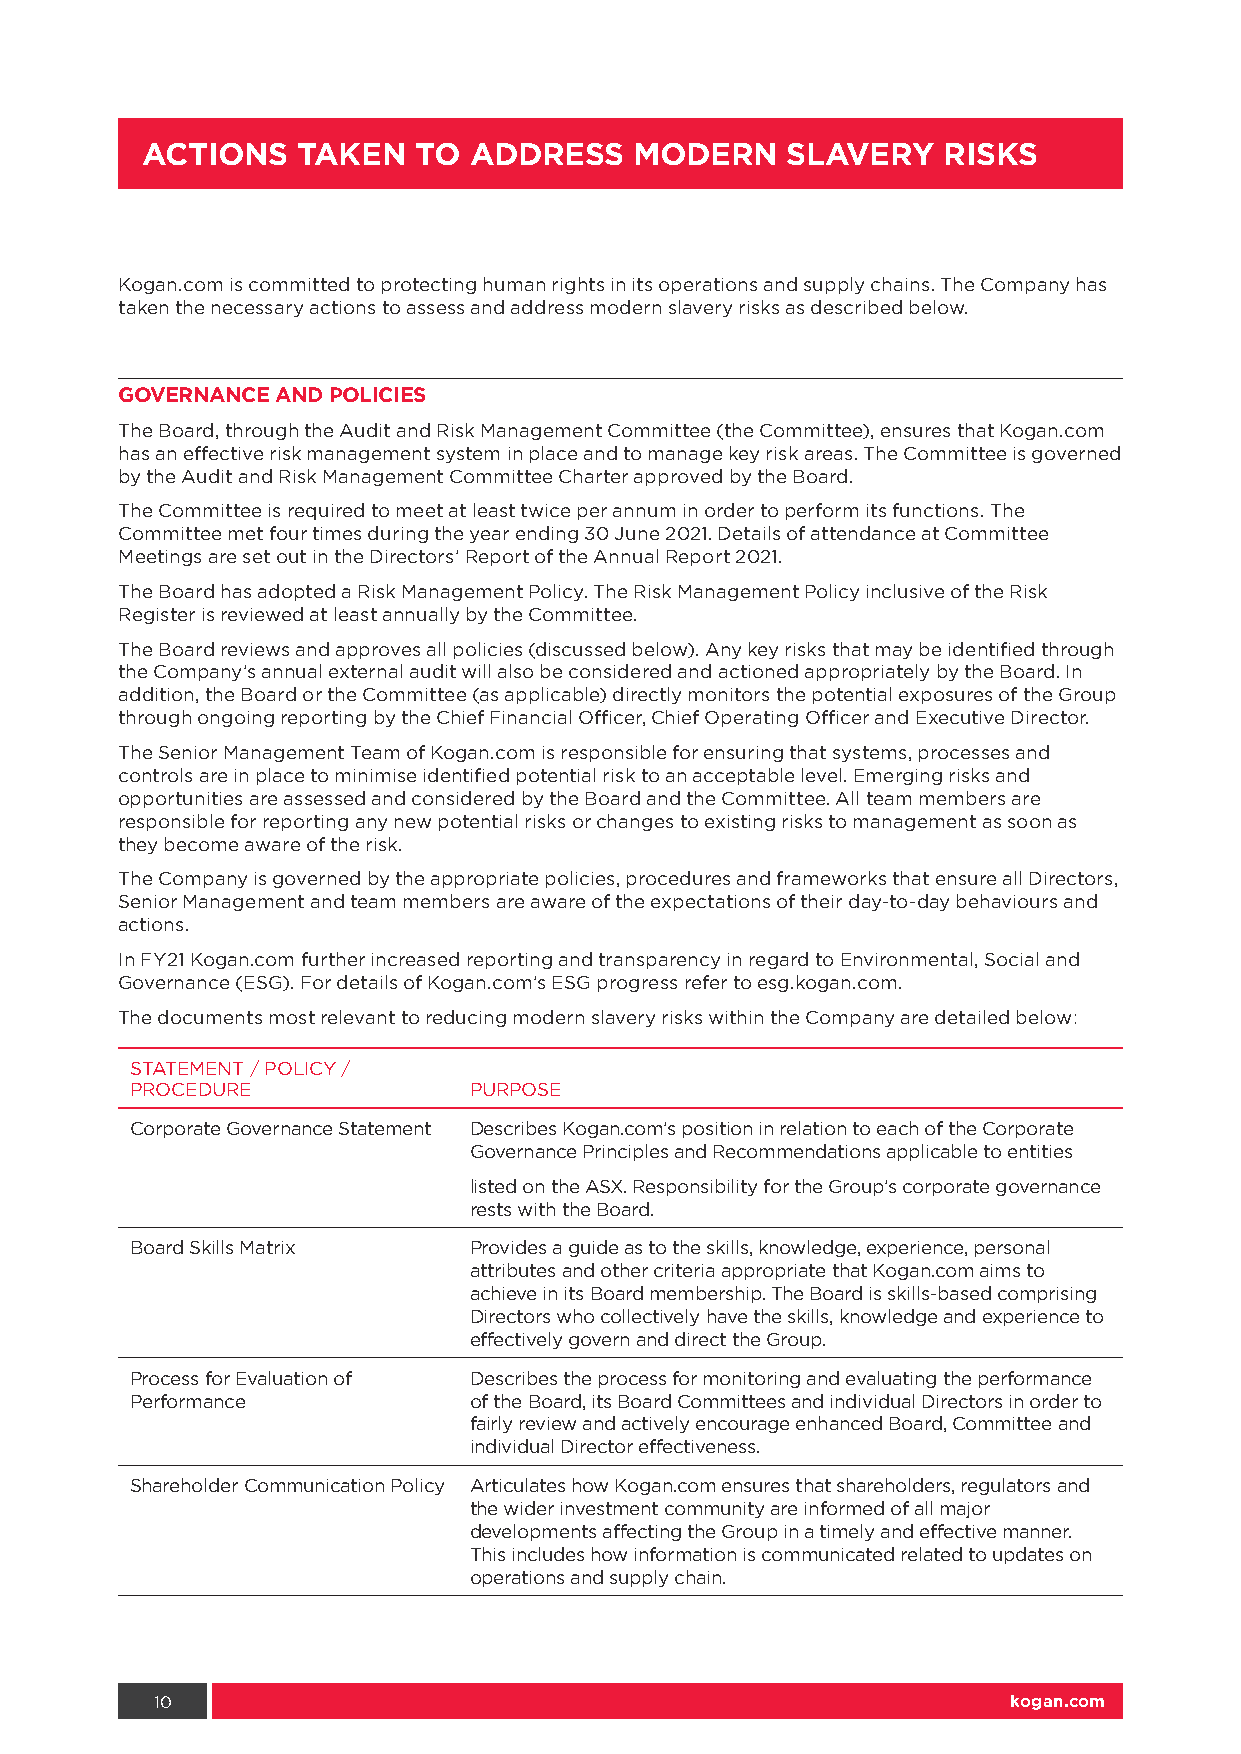
ACTIONS    TAKEN  TO  ADDRESS    MODERN    SLAVERY   RISKS
 Kogan.com is committed to protecting human rights in its operations and supply chains. The Company has
 taken the necessary actions to assess and address modern slavery risks as described below.
 GOVERNANCE AND POLICIES
 The Board, through the Audit and Risk Management Committee (the Committee), ensures that Kogan.com
 has an effective risk management system in place and to manage key risk areas. The Committee is governed
 by the Audit and Risk Management Committee Charter approved by the Board.
 The Committee is required to meet at least twice per annum in order to perform its functions. The
 Committee met four times during the year ending 30 June 2021. Details of attendance at Committee
 Meetings are set out in the Directors’ Report of the Annual Report 2021.
 The Board has adopted a Risk Management Policy. The Risk Management Policy inclusive of the Risk
 Register is reviewed at least annually by the Committee.
 The Board reviews and approves all policies (discussed below). Any key risks that may be identified through
 the Company’s annual external audit will also be considered and actioned appropriately by the Board. In
 addition, the Board or the Committee (as applicable) directly monitors the potential exposures of the Group
 through ongoing reporting by the Chief Financial Officer, Chief Operating Officer and Executive Director.
 The Senior Management Team of Kogan.com is responsible for ensuring that systems, processes and
 controls are in place to minimise identified potential risk to an acceptable level. Emerging risks and
 opportunities are assessed and considered by the Board and the Committee. All team members are
 responsible for reporting any new potential risks or changes to existing risks to management as soon as
 they become aware of the risk.
 The Company is governed by the appropriate policies, procedures and frameworks that ensure all Directors,
 Senior Management and team members are aware of the expectations of their day-to-day behaviours and
 actions.
 In FY21 Kogan.com further increased reporting and transparency in regard to Environmental, Social and
 Governance (ESG). For details of Kogan.com’s ESG progress refer to esg.kogan.com.
 The documents most relevant to reducing modern slavery risks within the Company are detailed below:
 STATEMENT / POLICY /
 PROCEDURE             PURPOSE
 Corporate Governance Statement Describes Kogan.com’s position in relation to each of the Corporate
 Governance Principles and Recommendations applicable to entities
 listed on the ASX. Responsibility for the Group’s corporate governance
 rests with the Board.
 Board Skills Matrix   Provides a guide as to the skills, knowledge, experience, personal
 attributes and other criteria appropriate that Kogan.com aims to
 achieve in its Board membership. The Board is skills-based comprising
 Directors who collectively have the skills, knowledge and experience to
 effectively govern and direct the Group.
 Process for Evaluation of Describes the process for monitoring and evaluating the performance
 Performance           of the Board, its Board Committees and individual Directors in order to
 fairly review and actively encourage enhanced Board, Committee and
 individual Director effectiveness.
 Shareholder Communication Policy Articulates how Kogan.com ensures that shareholders, regulators and
 the wider investment community are informed of all major
 developments affecting the Group in a timely and effective manner.
 This includes how information is communicated related to updates on
 operations and supply chain.
 10                                                       kogan.com